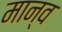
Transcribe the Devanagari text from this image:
मान्व